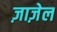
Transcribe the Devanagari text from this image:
ज़ाज़ेल